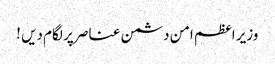
وزیر اعظم امن دشمن عناصر پر لگام دیں !